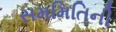
સમમિતિની